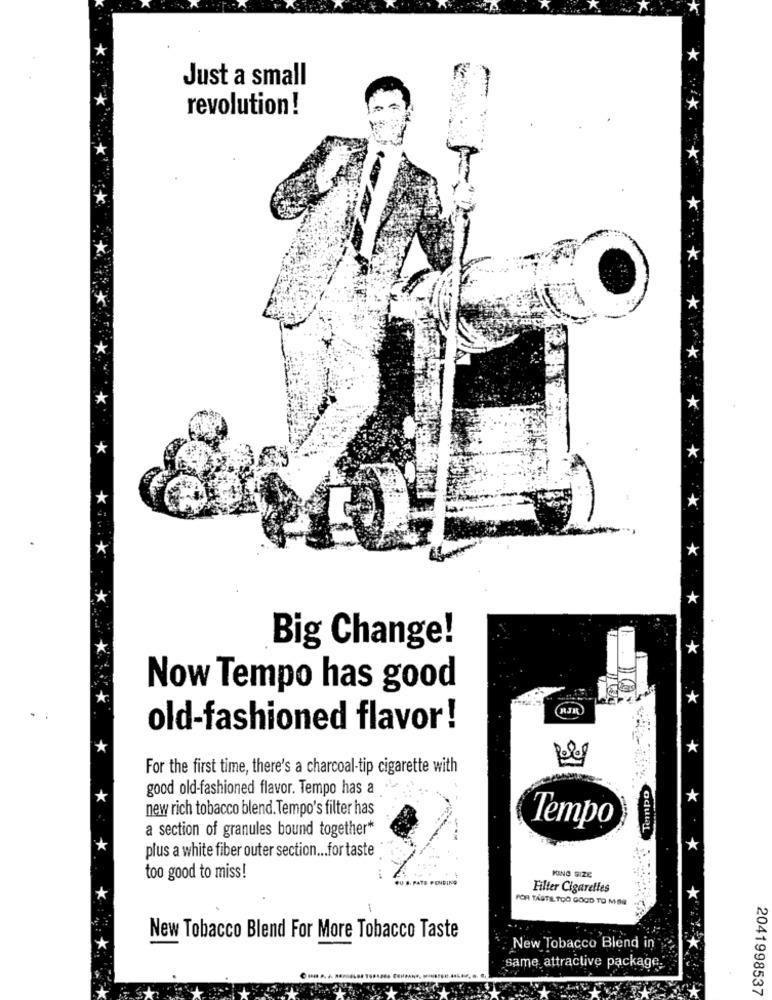
*
Just a small
revolution !
*
*
*.
*
*
*
*
*
** * * *
*
*
*
*
* *
*
*
** *****
*
Big Change!
*
Now Tempo has good
*
RJR
old-fashioned flavor!
*
*
*
For the first time, there's a charcoal-tip cigarette with
Tempo
good old-fashioned flavor. Tempo has a
*
new rich tobacco blend. Tempo's filter has
a section of granules bound together*
Tempo
*
plus a white fiber outer section ... for taste
too good to miss!
KING SIZE
Filter Cigarettes
*
FOR TASTE TOO GOOD TO MOR
New Tobacco Blend For More Tobacco Taste
New Tobacco Blend in
same attractive package.
2041998537